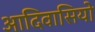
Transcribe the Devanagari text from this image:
आदिवासियो